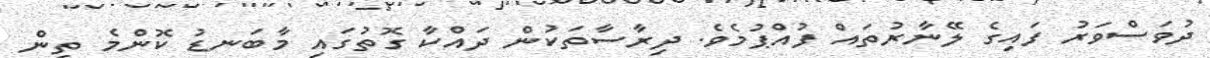
ދުވަސްވަރު ފައިގެ ލޭނާރުތައް ފުއްޕުމެވެ. ދިރާސާތަކުން ދައްކާ ގޮތުގައި މާބަނޑު ކޮންމެ ތިން